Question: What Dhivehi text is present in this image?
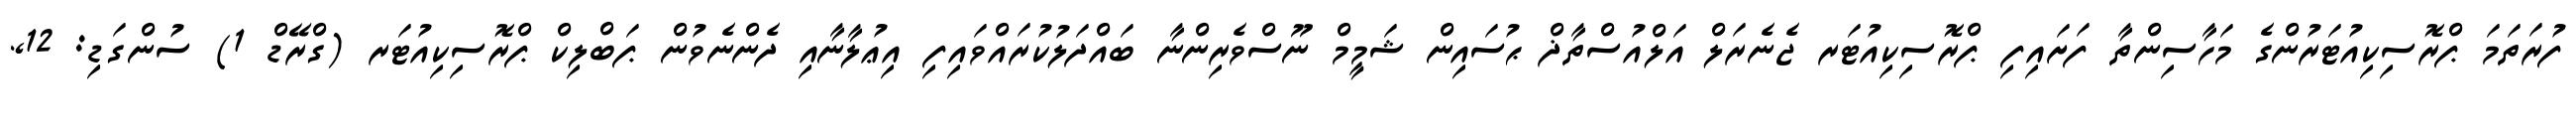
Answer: ފުރަތަމަ ޕްރޮސިކިއުޓަރުންގެ މަހާސިންތާ ފަށައިފި ޕްރޮސިކިއުޓަރ ޖެނެރަލް އަލްއުސްތާޛް ޙުސައިން ޝަމީމް ނޫސްވެރިންނާ ބައްދަލުކުރައްވައިފި އިޢުލާނާއި ދެންނެވުން ޕަބްލިކް ޕްރޮސިކިއުޓަރ (ގްރޭޑް 1) ސުންގަޑި: 12,.